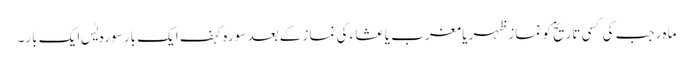
ماہ رجب کی کسی تاریخ کو نماز ظہر یا مغرب یا عشاء کی نماز کے بعد سورہ کہف ایک بار سورہ یٰس ایک بار۔